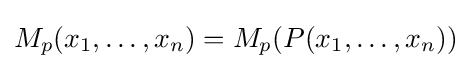
M_{p}(x_{1},\dots ,x_{n})=M_{p}(P(x_{1},\dots ,x_{n}))